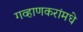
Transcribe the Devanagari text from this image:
गव्हाणकरांमधे